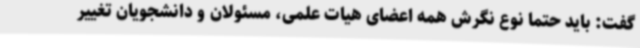
گفت: باید حتما نوع نگرش همه اعضای هیات علمی، مسئولان و دانشجویان تغییر